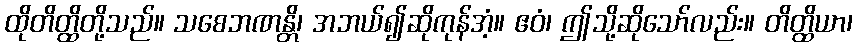
ထိုတိတ္ထိတို့သည်။ သစေဘဏန္တိ၊ အဘယ်၍ဆိုကုန်အံ့။ ဧဝံ၊ ဤသို့ဆိုသော်လည်း။ တိတ္ထိယာ၊